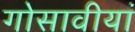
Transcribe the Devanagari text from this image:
गोसावीयां